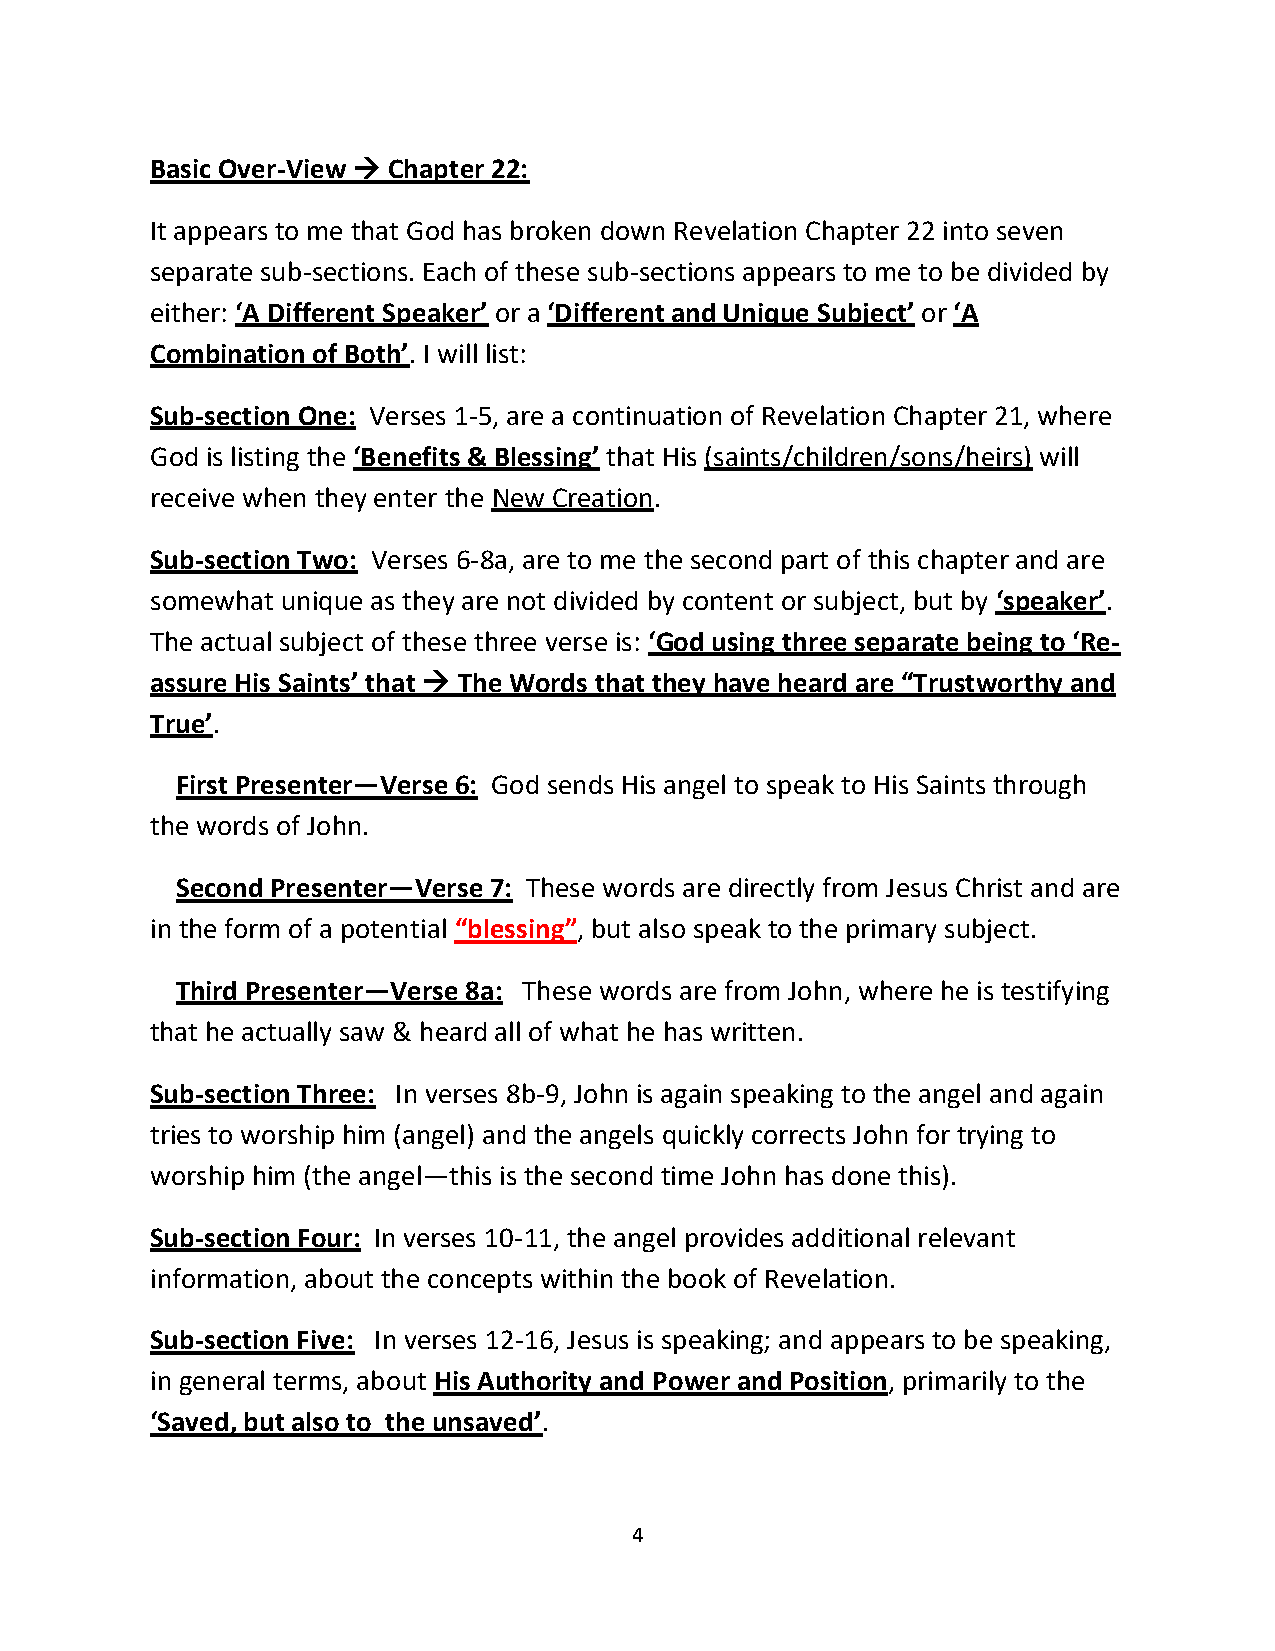
Basic Over-View → Chapter 22:
 It appears to me that God has broken down Revelation Chapter 22 into seven
 separate sub-sections. Each of these sub-sections appears to me to be divided by
 either: ‘A Different Speaker’ or a ‘Different and Unique Subject’ or ‘A
 Combination of Both’. I will list:
 Sub-section One: Verses 1-5, are a continuation of Revelation Chapter 21, where
 God is listing the ‘Benefits & Blessing’ that His (saints/children/sons/heirs) will
 receive when they enter the New Creation.
 Sub-section Two: Verses 6-8a, are to me the second part of this chapter and are
 somewhat unique as they are not divided by content or subject, but by ‘speaker’.
 The actual subject of these three verse is: ‘God using three separate being to ‘Re-
 assure His Saints’ that → The Words that they have heard are “Trustworthy and
 True’.
 First Presenter—Verse 6: God sends His angel to speak to His Saints through
 the words of John.
 Second Presenter—Verse 7: These words are directly from Jesus Christ and are
 in the form of a potential “blessing”, but also speak to the primary subject.
 Third Presenter—Verse 8a: These words are from John, where he is testifying
 that he actually saw & heard all of what he has written.
 Sub-section Three: In verses 8b-9, John is again speaking to the angel and again
 tries to worship him (angel) and the angels quickly corrects John for trying to
 worship him (the angel—this is the second time John has done this).
 Sub-section Four: In verses 10-11, the angel provides additional relevant
 information, about the concepts within the book of Revelation.
 Sub-section Five: In verses 12-16, Jesus is speaking; and appears to be speaking,
 in general terms, about His Authority and Power and Position, primarily to the
 ‘Saved, but also to the unsaved’.
 4